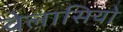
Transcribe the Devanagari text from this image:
वेलासियो